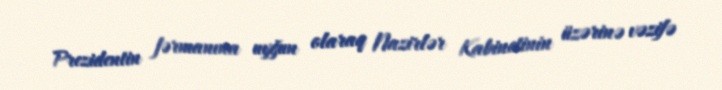
Prezidentin fərmanına uyğun olaraq Nazirlər Kabinetinin üzərinə vəzifə